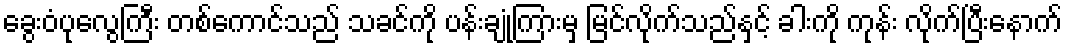
ခွေးဝံပုလွေကြီး တစ်ကောင်သည် သခင်ကို ပန်းချုံကြားမှ မြင်လိုက်သည်နှင့် ခါးကို ကုန်း လိုက်ပြီးနောက်